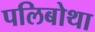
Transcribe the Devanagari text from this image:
पलिबोथा